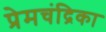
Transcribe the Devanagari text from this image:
प्रेमचंद्रिका